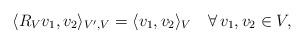
LaTeX: \begin{align*} \langle R_V v_1, v_2 \rangle_{V',V} = \langle v_1,v_2\rangle_V \quad\forall\,v_1,v_2\in V,\end{align*}